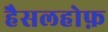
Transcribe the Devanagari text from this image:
हैसलहोफ़